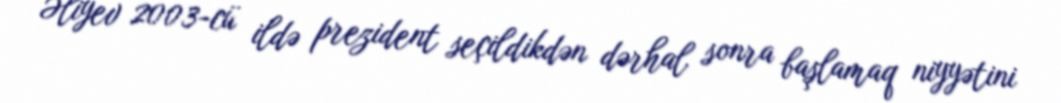
Əliyev 2003-cü ildə prezident seçildikdən dərhal sonra başlamaq niyyətini